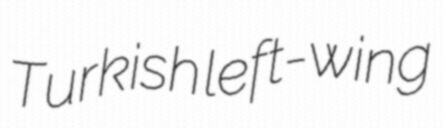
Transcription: Turkish left-wing